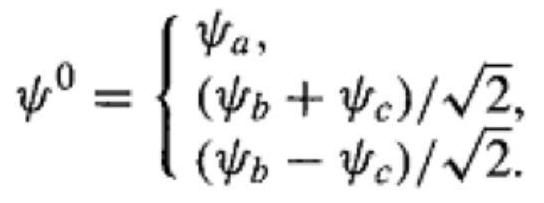
$\psi^{0}= \begin{cases}\psi_{a}, \\ \left(\psi_{b}+\psi_{c}\right) / \sqrt{2}, \\ \left(\psi_{b}-\psi_{c}\right) / \sqrt{2} .\end{cases}$